Subject: math
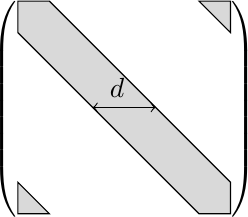
LaTeX code:
\begin{tikzpicture}
\def\psize{1.5cm}
\def\msize{1.35cm}
\def\w{.4cm} % band width * 2
\draw[fill=gray!30] (-\msize,\msize-\w)--(-\msize,\msize)--(-\msize+\w,\msize)--(\msize,-\msize+\w)--(\msize,-\msize)--(\msize-\w,-\msize)--cycle;
\draw[xshift=\msize,yshift=\msize,fill=gray!30] (0,0)--(0,-\w)--(-\w,0)--cycle;
\draw[xshift=-\msize,yshift=-\msize,fill=gray!30] (0,0)--(0,\w)--(\w,0)--cycle;
\draw[<->] (-\w,0)--(\w,0);
\node[above] {$d\phantom{d}$};
\node at (-\psize,0) {$\left(\vphantom{\rule{\psize}{\psize}}\right.$};
\node at (\psize,0) {$\left.\vphantom{\rule{\psize}{\psize}}\right)$};
\end{tikzpicture}